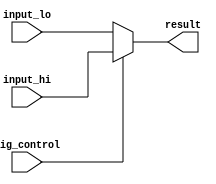
module TWO_MUX (
  input  wire            sig_control,
  input  wire [size-1:0] input_hi,
  input  wire [size-1:0] input_lo,
  output wire [size-1:0] result
  );

  parameter size = 32;

  assign result = sig_control ? input_hi : input_lo;

endmodule